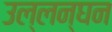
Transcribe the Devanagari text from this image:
उल्लन्घन